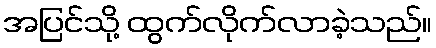
အပြင်သို့ ထွက်လိုက်လာခဲ့သည်။